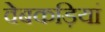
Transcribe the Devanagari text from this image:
वेबकड़ियां